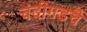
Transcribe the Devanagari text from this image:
चंदीगडचे